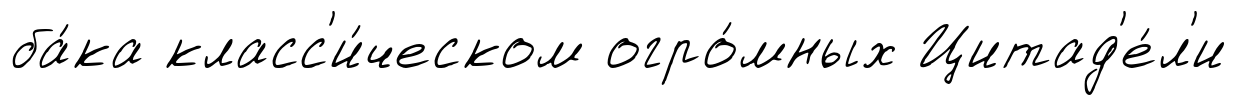
ба́ка класс'и́ческом огро́мных Цитад'е́л'и